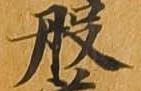
般